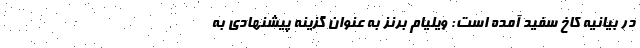
در بیانیه کاخ سفید آمده است: ویلیام برنز به عنوان گزینه پیشنهادی به